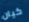
كيان